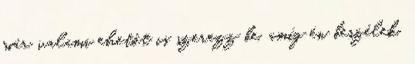
már valami ehetőt is szerezz be, amíg én beszélek,